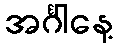
အင်္ဂါနေ့